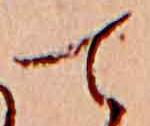
て